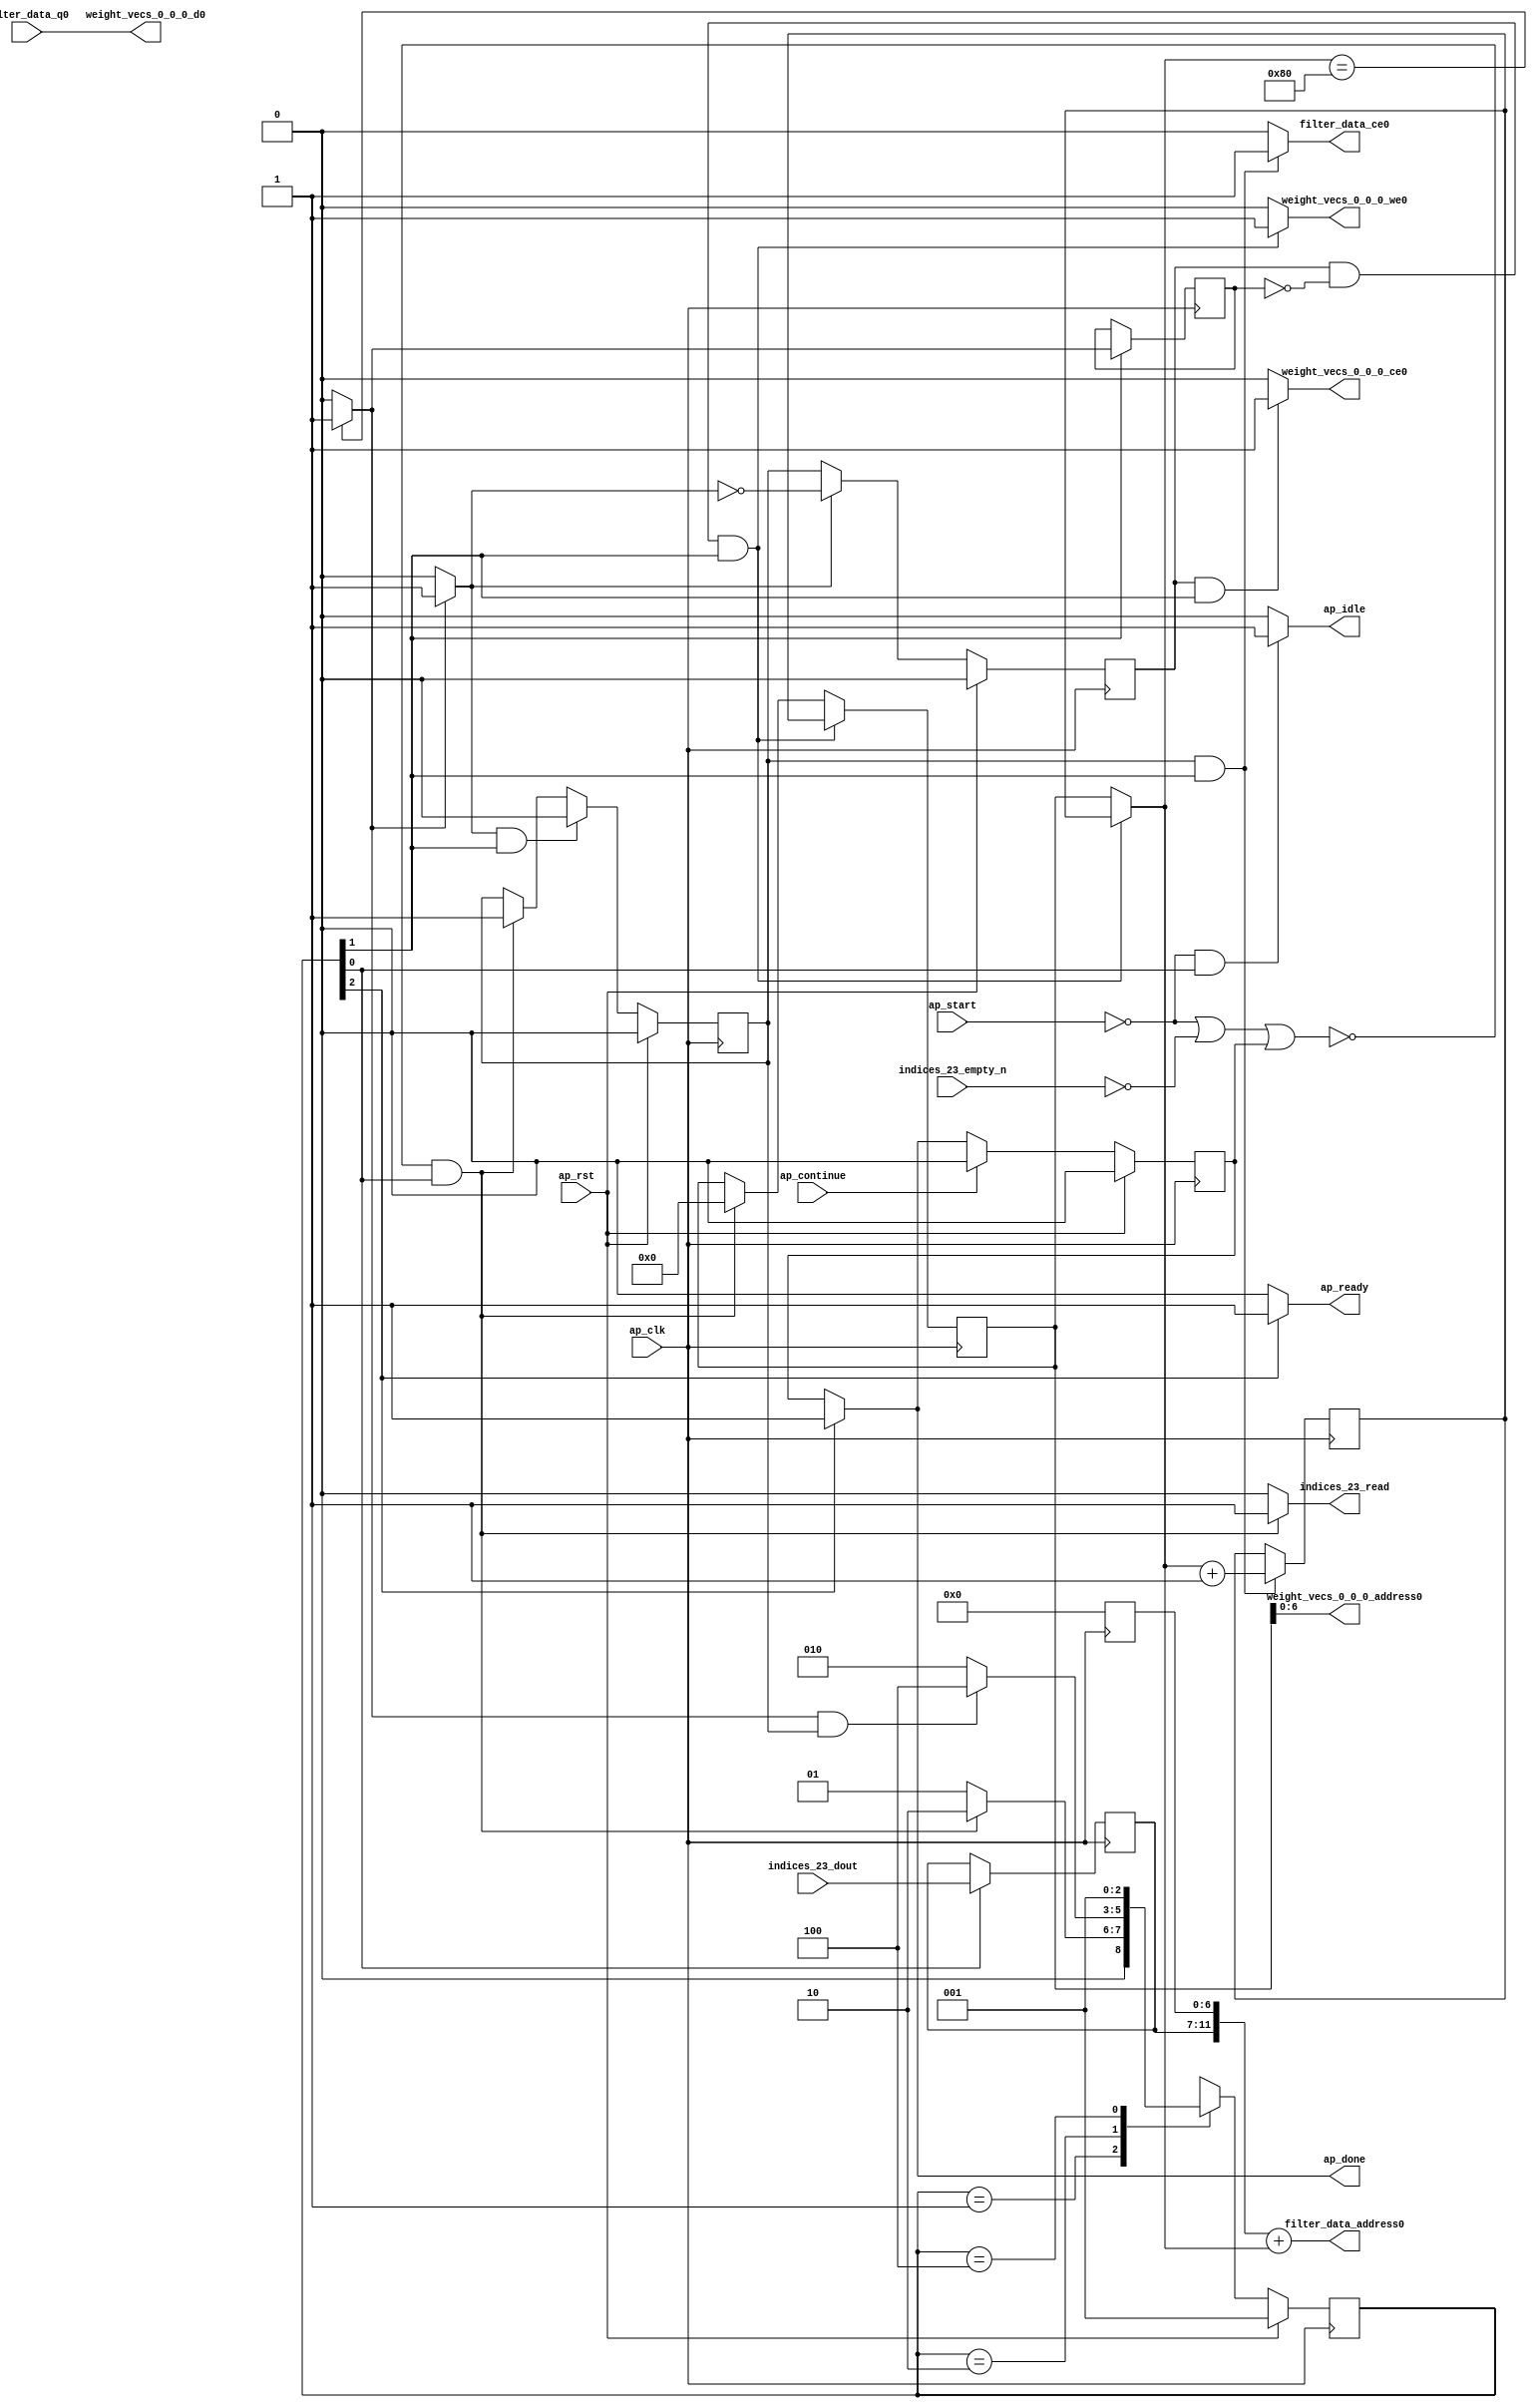
`define EXPONENT 5
`define MANTISSA 10
`define ACTUAL_MANTISSA 11
`define EXPONENT_LSB 10
`define EXPONENT_MSB 14
`define MANTISSA_LSB 0
`define MANTISSA_MSB 9
`define MANTISSA_MUL_SPLIT_LSB 3
`define MANTISSA_MUL_SPLIT_MSB 9
`define SIGN 1
`define SIGN_LOC 15
`define DWIDTH (`SIGN+`EXPONENT+`MANTISSA)
`define IEEE_COMPLIANCE 1

module td_fused_top_tdf6_readFilters47 (
        ap_clk,
        ap_rst,
        ap_start,
        ap_done,
        ap_continue,
        ap_idle,
        ap_ready,
        filter_data_address0,
        filter_data_ce0,
        filter_data_q0,
        indices_23_dout,
        indices_23_empty_n,
        indices_23_read,
        weight_vecs_0_0_0_address0,
        weight_vecs_0_0_0_ce0,
        weight_vecs_0_0_0_we0,
        weight_vecs_0_0_0_d0
);

parameter    ap_ST_fsm_state1 = 3'd1;
parameter    ap_ST_fsm_pp0_stage0 = 3'd2;
parameter    ap_ST_fsm_state4 = 3'd4;

input   ap_clk;
input   ap_rst;
input   ap_start;
output   ap_done;
input   ap_continue;
output   ap_idle;
output   ap_ready;
output  [11:0] filter_data_address0;
output   filter_data_ce0;
input  [15:0] filter_data_q0;
input  [4:0] indices_23_dout;
input   indices_23_empty_n;
output   indices_23_read;
output  [6:0] weight_vecs_0_0_0_address0;
output   weight_vecs_0_0_0_ce0;
output   weight_vecs_0_0_0_we0;
output  [15:0] weight_vecs_0_0_0_d0;

reg ap_done;
reg ap_idle;
reg ap_ready;
reg filter_data_ce0;
reg indices_23_read;
reg weight_vecs_0_0_0_ce0;
reg weight_vecs_0_0_0_we0;

reg    ap_done_reg;
  reg   [2:0] ap_CS_fsm;
wire    ap_CS_fsm_state1;
reg    indices_23_blk_n;
reg   [7:0] kk_0_0_i_i_reg_93;
wire   [11:0] tmp_fu_105_p3;
reg   [11:0] tmp_reg_144;
wire   [7:0] add_ln49_fu_113_p2;
reg   [7:0] add_ln49_reg_149;
wire    ap_CS_fsm_pp0_stage0;
reg    ap_enable_reg_pp0_iter0;
wire    ap_block_state2_pp0_stage0_iter0;
wire    ap_block_state3_pp0_stage0_iter1;
wire    ap_block_pp0_stage0_11001;
wire   [0:0] icmp_ln49_fu_119_p2;
reg   [0:0] icmp_ln49_reg_154;
reg    ap_block_state1;
wire    ap_block_pp0_stage0_subdone;
reg    ap_condition_pp0_exit_iter0_state2;
reg    ap_enable_reg_pp0_iter1;
reg   [7:0] ap_phi_mux_kk_0_0_i_i_phi_fu_97_p4;
wire    ap_block_pp0_stage0;
wire   [63:0] zext_ln55_14_fu_134_p1;
wire   [63:0] idxprom16_0_0_i_i_fu_139_p1;
wire   [11:0] zext_ln55_fu_125_p1;
wire   [11:0] add_ln55_fu_129_p2;
wire    ap_CS_fsm_state4;
reg   [2:0] ap_NS_fsm;
reg    ap_idle_pp0;
wire    ap_enable_pp0;
wire    ap_ce_reg;

// power-on initialization
initial begin
#0 ap_done_reg = 1'b0;
#0 ap_CS_fsm = 3'd1;
#0 ap_enable_reg_pp0_iter0 = 1'b0;
#0 ap_enable_reg_pp0_iter1 = 1'b0;
end

always @ (posedge ap_clk) begin
    if (ap_rst == 1'b1) begin
        ap_CS_fsm <= ap_ST_fsm_state1;
    end else begin
        ap_CS_fsm <= ap_NS_fsm;
    end
end

always @ (posedge ap_clk) begin
    if (ap_rst == 1'b1) begin
        ap_done_reg <= 1'b0;
    end else begin
        if ((ap_continue == 1'b1)) begin
            ap_done_reg <= 1'b0;
        end else if ((1'b1 == ap_CS_fsm_state4)) begin
            ap_done_reg <= 1'b1;
        end
    end
end

always @ (posedge ap_clk) begin
    if (ap_rst == 1'b1) begin
        ap_enable_reg_pp0_iter0 <= 1'b0;
    end else begin
        if (((1'b0 == ap_block_pp0_stage0_subdone) & (1'b1 == ap_condition_pp0_exit_iter0_state2) & (1'b1 == ap_CS_fsm_pp0_stage0))) begin
            ap_enable_reg_pp0_iter0 <= 1'b0;
        end else if ((~((ap_start == 1'b0) | (indices_23_empty_n == 1'b0) | (ap_done_reg == 1'b1)) & (1'b1 == ap_CS_fsm_state1))) begin
            ap_enable_reg_pp0_iter0 <= 1'b1;
        end
    end
end

always @ (posedge ap_clk) begin
    if (ap_rst == 1'b1) begin
        ap_enable_reg_pp0_iter1 <= 1'b0;
    end else begin
        if (((1'b0 == ap_block_pp0_stage0_subdone) & (1'b1 == ap_condition_pp0_exit_iter0_state2))) begin
            ap_enable_reg_pp0_iter1 <= (1'b1 ^ ap_condition_pp0_exit_iter0_state2);
        end else if ((1'b0 == ap_block_pp0_stage0_subdone)) begin
            ap_enable_reg_pp0_iter1 <= ap_enable_reg_pp0_iter0;
        end else if ((~((ap_start == 1'b0) | (indices_23_empty_n == 1'b0) | (ap_done_reg == 1'b1)) & (1'b1 == ap_CS_fsm_state1))) begin
            ap_enable_reg_pp0_iter1 <= 1'b0;
        end
    end
end

always @ (posedge ap_clk) begin
    if (((ap_enable_reg_pp0_iter1 == 1'b1) & (icmp_ln49_reg_154 == 1'd0) & (1'b0 == ap_block_pp0_stage0_11001) & (1'b1 == ap_CS_fsm_pp0_stage0))) begin
        kk_0_0_i_i_reg_93 <= add_ln49_reg_149;
    end else if ((~((ap_start == 1'b0) | (indices_23_empty_n == 1'b0) | (ap_done_reg == 1'b1)) & (1'b1 == ap_CS_fsm_state1))) begin
        kk_0_0_i_i_reg_93 <= 8'd0;
    end
end

always @ (posedge ap_clk) begin
    if (((1'b0 == ap_block_pp0_stage0_11001) & (ap_enable_reg_pp0_iter0 == 1'b1) & (1'b1 == ap_CS_fsm_pp0_stage0))) begin
        add_ln49_reg_149 <= add_ln49_fu_113_p2;
    end
end

always @ (posedge ap_clk) begin
    if (((1'b0 == ap_block_pp0_stage0_11001) & (1'b1 == ap_CS_fsm_pp0_stage0))) begin
        icmp_ln49_reg_154 <= icmp_ln49_fu_119_p2;
    end
end

always @ (posedge ap_clk) begin
    if ((1'b1 == ap_CS_fsm_state1)) begin
        tmp_reg_144[11 : 7] <= tmp_fu_105_p3[11 : 7];
    end
end

always @ (*) begin
    if ((icmp_ln49_fu_119_p2 == 1'd1)) begin
        ap_condition_pp0_exit_iter0_state2 = 1'b1;
    end else begin
        ap_condition_pp0_exit_iter0_state2 = 1'b0;
    end
end

always @ (*) begin
    if ((1'b1 == ap_CS_fsm_state4)) begin
        ap_done = 1'b1;
    end else begin
        ap_done = ap_done_reg;
    end
end

always @ (*) begin
    if (((ap_start == 1'b0) & (1'b1 == ap_CS_fsm_state1))) begin
        ap_idle = 1'b1;
    end else begin
        ap_idle = 1'b0;
    end
end

always @ (*) begin
    if (((ap_enable_reg_pp0_iter1 == 1'b0) & (ap_enable_reg_pp0_iter0 == 1'b0))) begin
        ap_idle_pp0 = 1'b1;
    end else begin
        ap_idle_pp0 = 1'b0;
    end
end

always @ (*) begin
    if (((ap_enable_reg_pp0_iter1 == 1'b1) & (icmp_ln49_reg_154 == 1'd0) & (1'b0 == ap_block_pp0_stage0) & (1'b1 == ap_CS_fsm_pp0_stage0))) begin
        ap_phi_mux_kk_0_0_i_i_phi_fu_97_p4 = add_ln49_reg_149;
    end else begin
        ap_phi_mux_kk_0_0_i_i_phi_fu_97_p4 = kk_0_0_i_i_reg_93;
    end
end

always @ (*) begin
    if ((1'b1 == ap_CS_fsm_state4)) begin
        ap_ready = 1'b1;
    end else begin
        ap_ready = 1'b0;
    end
end

always @ (*) begin
    if (((1'b0 == ap_block_pp0_stage0_11001) & (ap_enable_reg_pp0_iter0 == 1'b1) & (1'b1 == ap_CS_fsm_pp0_stage0))) begin
        filter_data_ce0 = 1'b1;
    end else begin
        filter_data_ce0 = 1'b0;
    end
end

always @ (*) begin
    if ((~((ap_start == 1'b0) | (ap_done_reg == 1'b1)) & (1'b1 == ap_CS_fsm_state1))) begin
        indices_23_blk_n = indices_23_empty_n;
    end else begin
        indices_23_blk_n = 1'b1;
    end
end

always @ (*) begin
    if ((~((ap_start == 1'b0) | (indices_23_empty_n == 1'b0) | (ap_done_reg == 1'b1)) & (1'b1 == ap_CS_fsm_state1))) begin
        indices_23_read = 1'b1;
    end else begin
        indices_23_read = 1'b0;
    end
end

always @ (*) begin
    if (((ap_enable_reg_pp0_iter1 == 1'b1) & (1'b0 == ap_block_pp0_stage0_11001) & (1'b1 == ap_CS_fsm_pp0_stage0))) begin
        weight_vecs_0_0_0_ce0 = 1'b1;
    end else begin
        weight_vecs_0_0_0_ce0 = 1'b0;
    end
end

always @ (*) begin
    if (((ap_enable_reg_pp0_iter1 == 1'b1) & (icmp_ln49_reg_154 == 1'd0) & (1'b0 == ap_block_pp0_stage0_11001) & (1'b1 == ap_CS_fsm_pp0_stage0))) begin
        weight_vecs_0_0_0_we0 = 1'b1;
    end else begin
        weight_vecs_0_0_0_we0 = 1'b0;
    end
end

always @ (*) begin
    case (ap_CS_fsm)
        ap_ST_fsm_state1 : begin
            if ((~((ap_start == 1'b0) | (indices_23_empty_n == 1'b0) | (ap_done_reg == 1'b1)) & (1'b1 == ap_CS_fsm_state1))) begin
                ap_NS_fsm = ap_ST_fsm_pp0_stage0;
            end else begin
                ap_NS_fsm = ap_ST_fsm_state1;
            end
        end
        ap_ST_fsm_pp0_stage0 : begin
            if (~((icmp_ln49_fu_119_p2 == 1'd1) & (1'b0 == ap_block_pp0_stage0_subdone) & (ap_enable_reg_pp0_iter0 == 1'b1))) begin
                ap_NS_fsm = ap_ST_fsm_pp0_stage0;
            end else if (((icmp_ln49_fu_119_p2 == 1'd1) & (1'b0 == ap_block_pp0_stage0_subdone) & (ap_enable_reg_pp0_iter0 == 1'b1))) begin
                ap_NS_fsm = ap_ST_fsm_state4;
            end else begin
                ap_NS_fsm = ap_ST_fsm_pp0_stage0;
            end
        end
        ap_ST_fsm_state4 : begin
            ap_NS_fsm = ap_ST_fsm_state1;
        end
        default : begin
            ap_NS_fsm = 'bx;
        end
    endcase
end

assign add_ln49_fu_113_p2 = (ap_phi_mux_kk_0_0_i_i_phi_fu_97_p4 + 8'd1);

assign add_ln55_fu_129_p2 = (tmp_reg_144 + zext_ln55_fu_125_p1);

assign ap_CS_fsm_pp0_stage0 = ap_CS_fsm[32'd1];

assign ap_CS_fsm_state1 = ap_CS_fsm[32'd0];

assign ap_CS_fsm_state4 = ap_CS_fsm[32'd2];

assign ap_block_pp0_stage0 = ~(1'b1 == 1'b1);

assign ap_block_pp0_stage0_11001 = ~(1'b1 == 1'b1);

assign ap_block_pp0_stage0_subdone = ~(1'b1 == 1'b1);

always @ (*) begin
    ap_block_state1 = ((ap_start == 1'b0) | (indices_23_empty_n == 1'b0) | (ap_done_reg == 1'b1));
end

assign ap_block_state2_pp0_stage0_iter0 = ~(1'b1 == 1'b1);

assign ap_block_state3_pp0_stage0_iter1 = ~(1'b1 == 1'b1);

assign ap_enable_pp0 = (ap_idle_pp0 ^ 1'b1);

assign filter_data_address0 = zext_ln55_14_fu_134_p1;

assign icmp_ln49_fu_119_p2 = ((ap_phi_mux_kk_0_0_i_i_phi_fu_97_p4 == 8'd128) ? 1'b1 : 1'b0);

assign idxprom16_0_0_i_i_fu_139_p1 = kk_0_0_i_i_reg_93;

assign tmp_fu_105_p3 = {{indices_23_dout}, {7'd0}};

assign weight_vecs_0_0_0_address0 = idxprom16_0_0_i_i_fu_139_p1;

assign weight_vecs_0_0_0_d0 = filter_data_q0;

assign zext_ln55_14_fu_134_p1 = add_ln55_fu_129_p2;

assign zext_ln55_fu_125_p1 = ap_phi_mux_kk_0_0_i_i_phi_fu_97_p4;

always @ (posedge ap_clk) begin
    tmp_reg_144[6:0] <= 7'b0000000;
end

endmodule //td_fused_top_tdf6_readFilters47